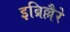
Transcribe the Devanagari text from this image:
इब्रिल्लैरे